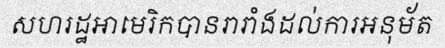
សហរដ្ឋអាមេរិកបានរារាំងដល់ការអនុម័ត